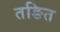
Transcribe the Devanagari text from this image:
तङित